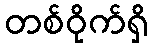
တစ်ဝိုက်ရှိ